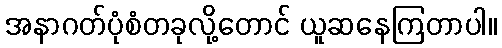
အနာဂတ်ပုံစံတခုလို့တောင် ယူဆနေကြတာပါ။